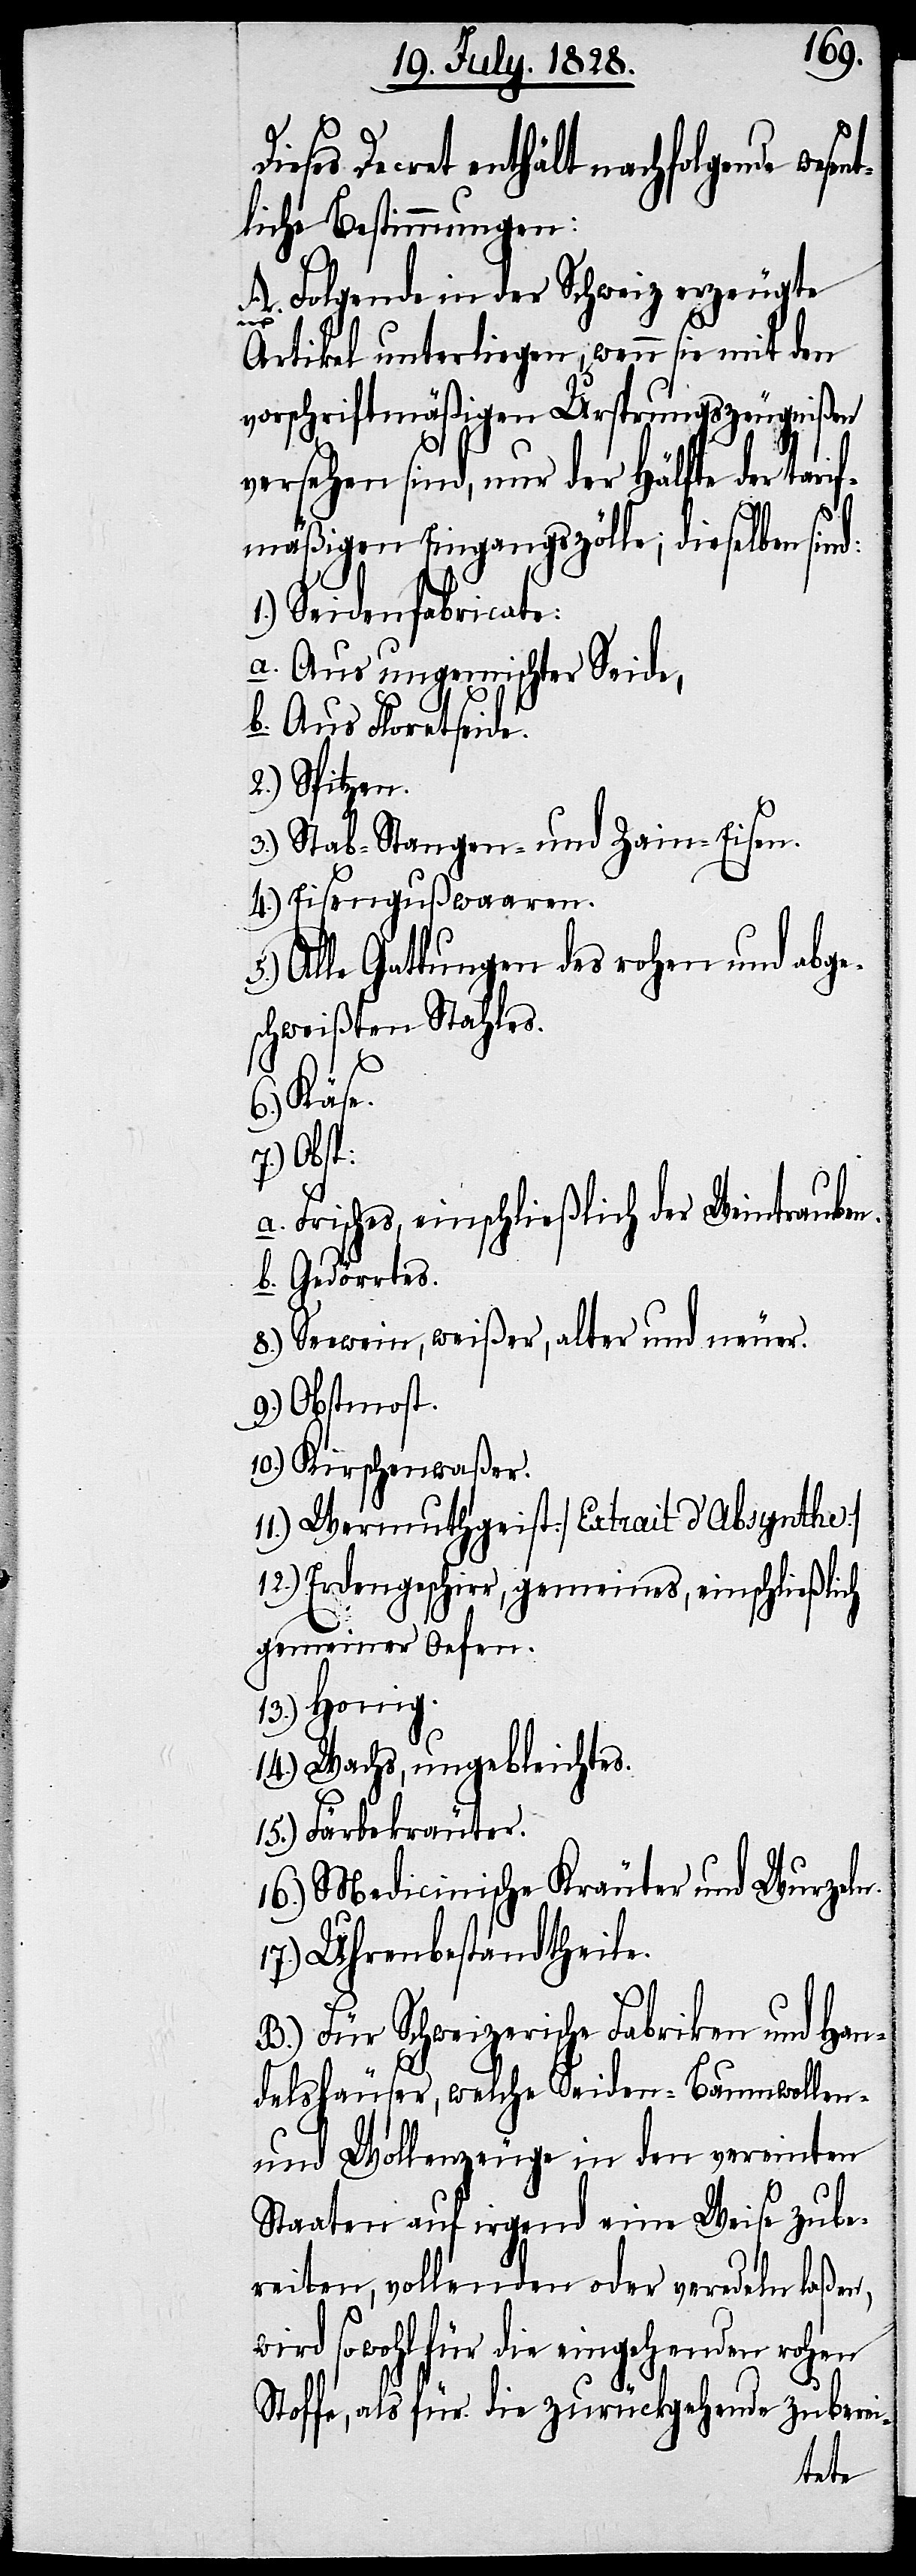
ieses Decret enthält nachfolgende wes¬
liche Bestimmungen:
Folgende in der Schweiz erzeugte
D¬
A.
Artikel unterliegen, wenn sie mit den
vorschriftmäßigen Ursprungszeugnißen
versehen sind, nur der Hälfte der tarif¬
mäßigen Eingangszölle, dieselben sind:
1.) Seidenfabricate:
a. Aus ungemischter Seide,
b. Aus Floretseide.
2.) Spitzen.
3.) Stab- Stangen- und Zain-Eisen.
4.) Eisengußwaaren.
5.) Alle Gattungen des rohen und abge¬
schweißten Stahles.
6.) Käse.
7.) Obst:
a. Frisches, einschließlich der Weintrauben.
b. Gedörrtes.
8.) Seewein, weißer, alter und neuer.
9.) Obstmost.
10.) Kirschenwaßer.
11.) Wermuthgeist [Extrait d’Absynthe]
12.) Erdengeschirr, gemeines, einschließlich
gemeiner Oefen.
13.) Honig.
14.) Wachs, ungebleichtes.
15.) Färbekräuter.
16.) Medicinische Kräuter und Wurzeln.
17.) Uhrenbestandtheile.
B.) Für Schweizerische Fabriken und Han¬
delshäuser, welche Seiden- Baumwollen-
und Wollenzeuge in den vereinten
Staaten auf irgend eine Weise zube¬
reiten, vollenden oder veredeln laßen,
wird sowohl für die eingehenden rohen
Stoffe, als für die zurückgehende zuberei-
ent¬